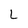
Character: L